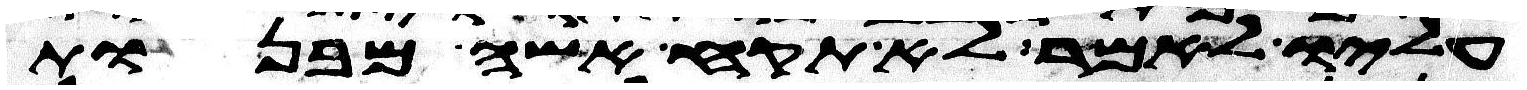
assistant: עליו לאמר לא תקח אשה מבנות